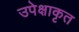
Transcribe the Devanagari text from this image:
उपेक्षाकृत